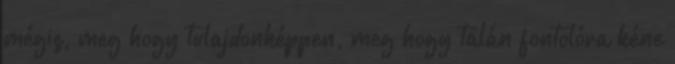
mégis, meg hogy tulajdonképpen, meg hogy talán fontolóra kéne